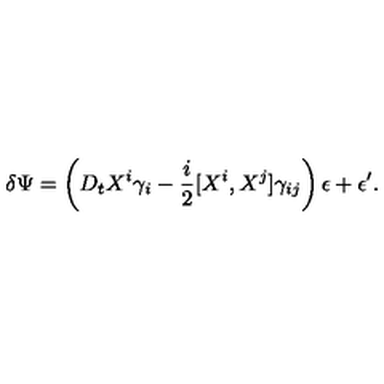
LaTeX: \delta \Psi = \left( D _ { t } X ^ { i } \gamma _ { i } - { \frac { i } { 2 } } [ X ^ { i } , X ^ { j } ] \gamma _ { i j } \right) \epsilon + \epsilon ^ { \prime } .